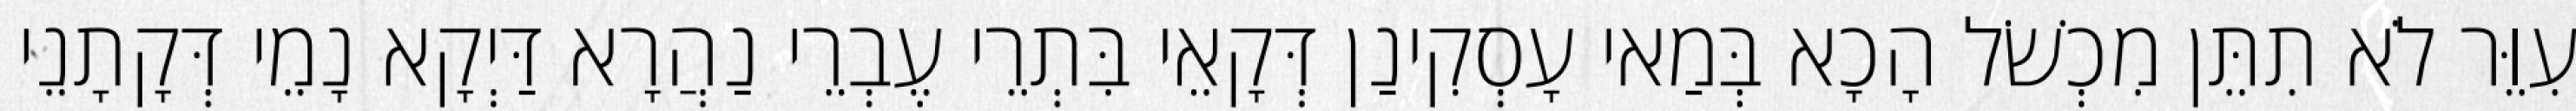
עִוֵּר לֹא תִתֵּן מִכְשֹׁל הָכָא בְּמַאי עָסְקִינַן דְּקָאֵי בִּתְרֵי עֶבְרֵי נַהֲרָא דַּיְקָא נָמֵי דְּקָתָנֵי